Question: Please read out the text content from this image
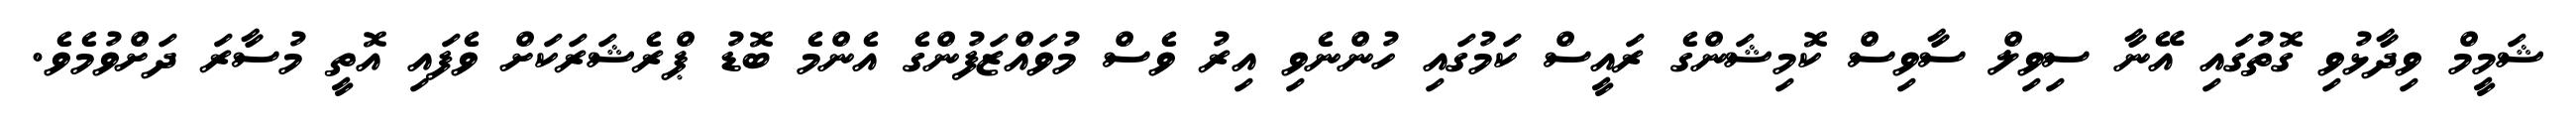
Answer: ޝަމީމް ވިދާޅުވި ގޮތުގައި އޭނާ ސިވިލް ސާވިސް ކޮމިޝަންގެ ރައީސް ކަމުގައި ހުންނެވި އިރު ވެސް މުވައްޒަފުންގެ އެންމެ ބޮޑު ޕްރެޝަރަކަށް ވެފައި އޮތީ މުސާރަ ދަށްވުމެވެ.